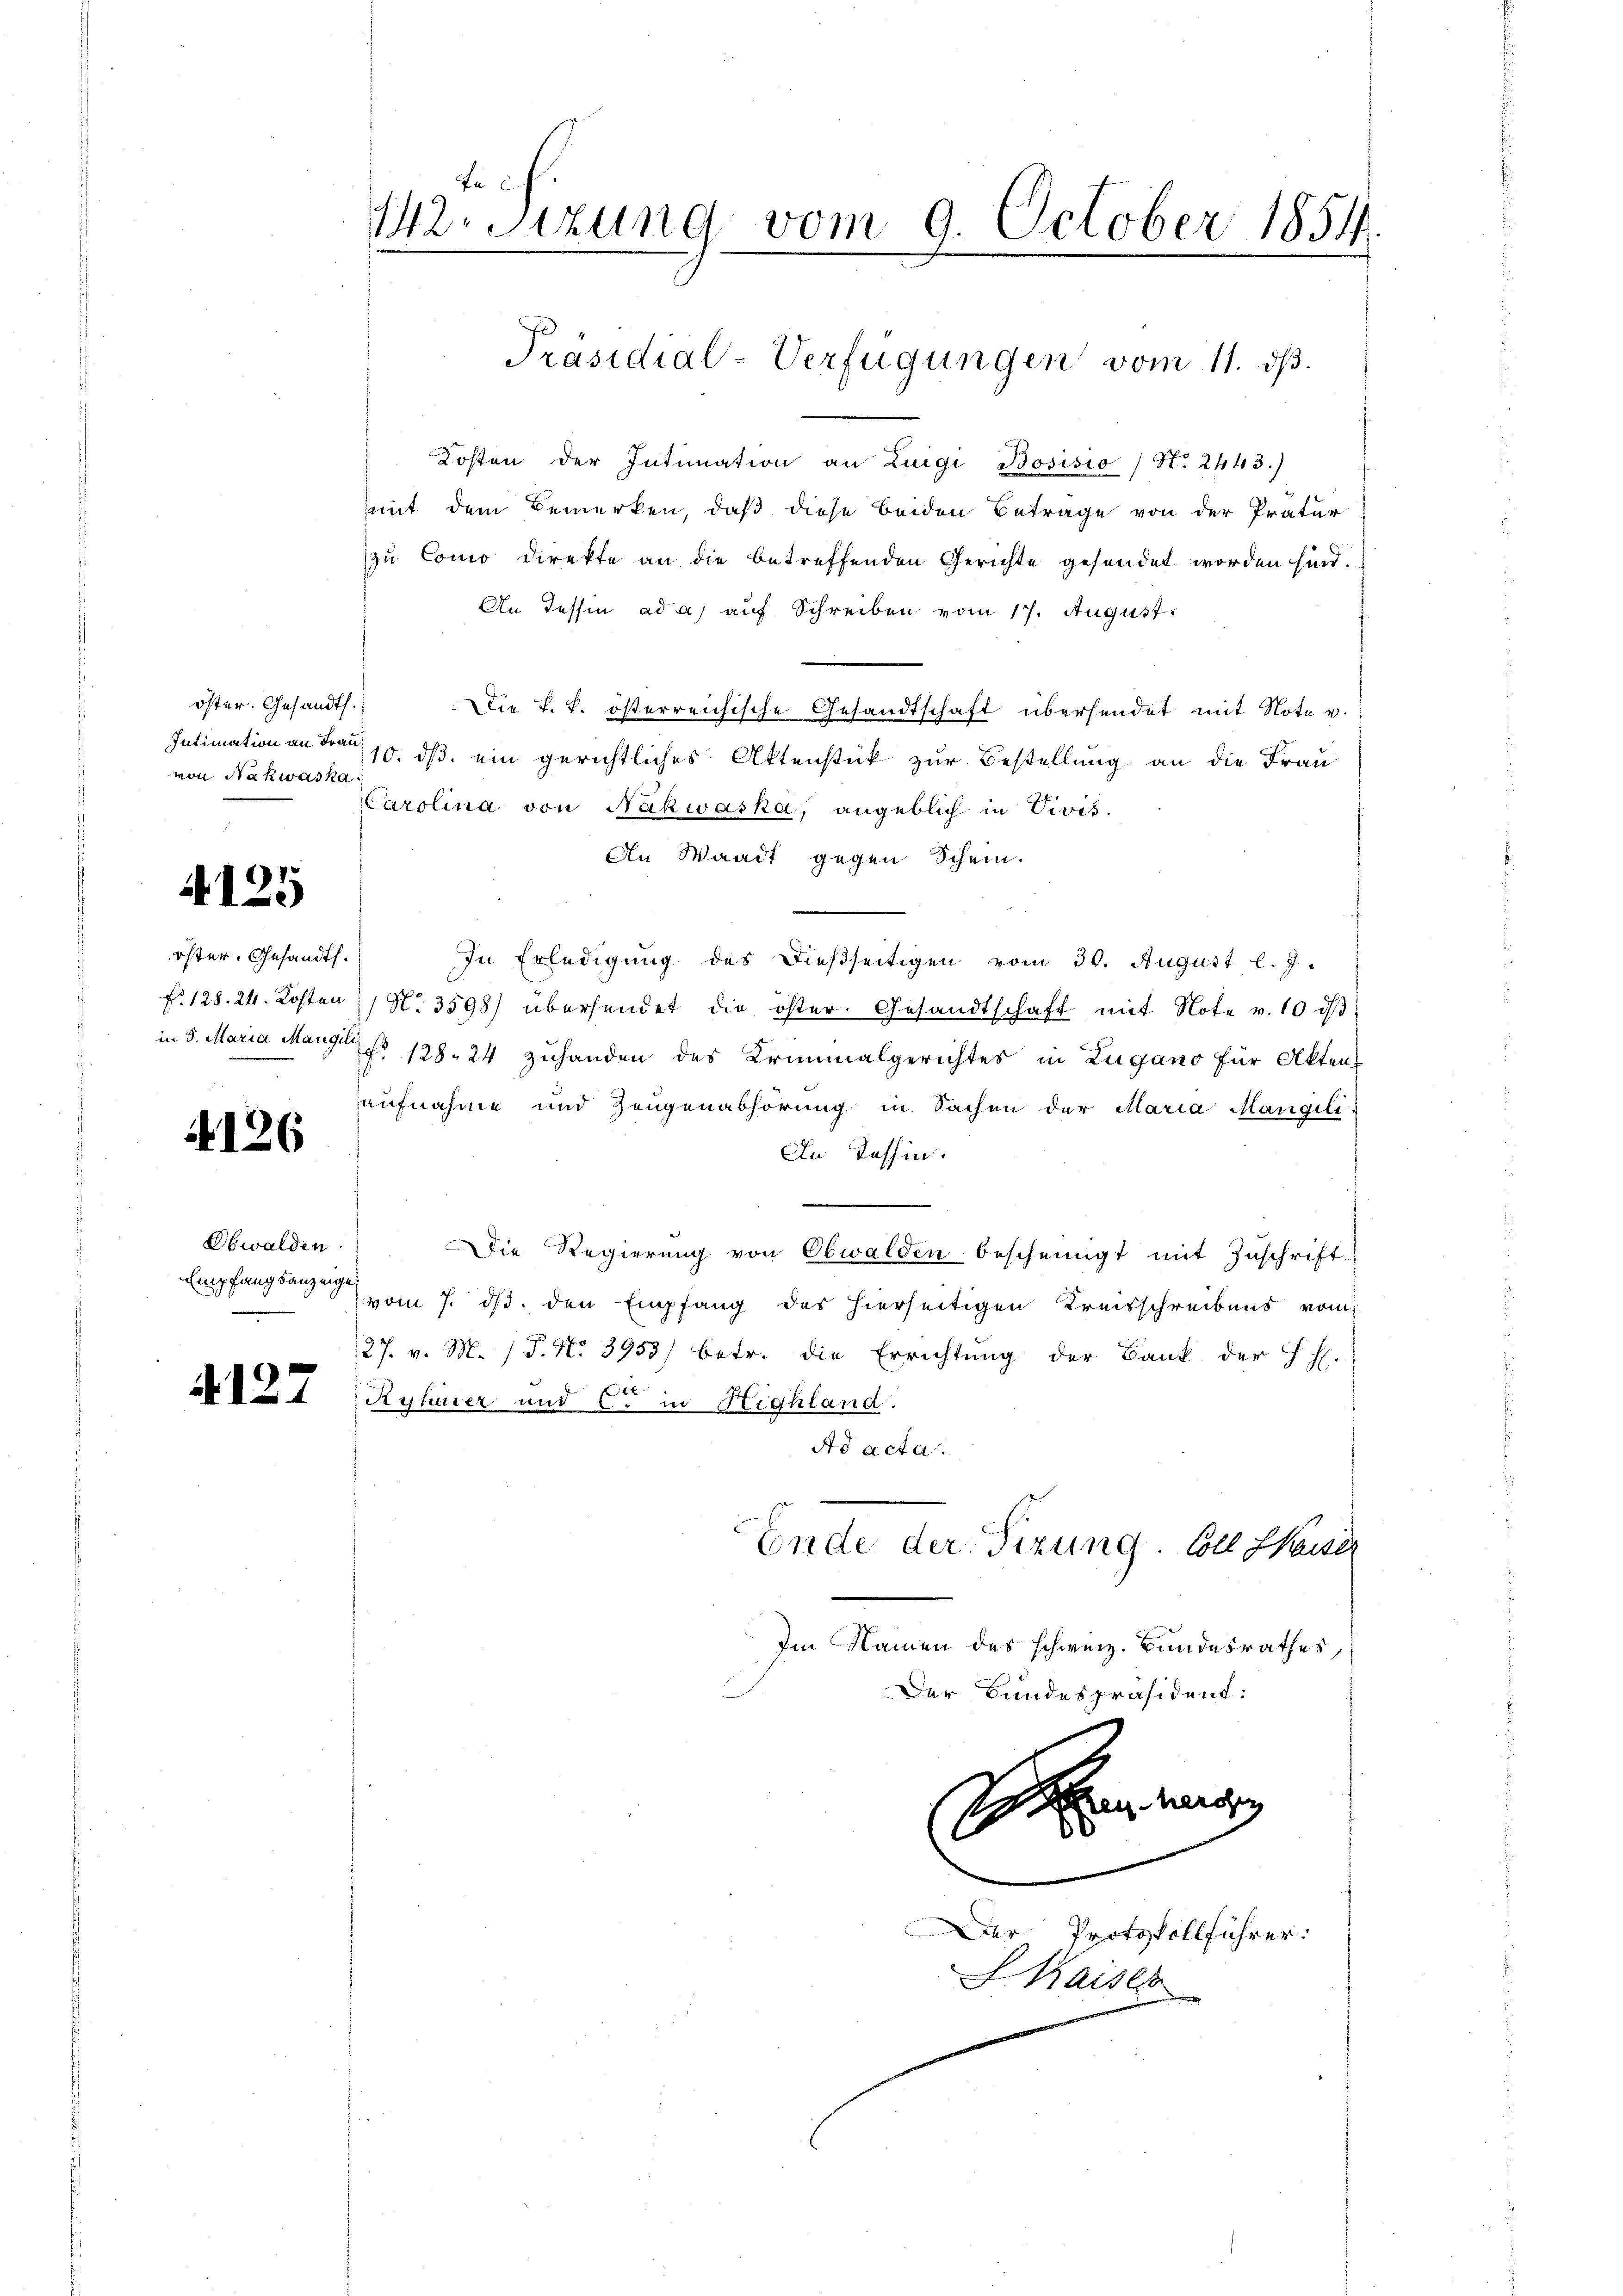
4125

4126

4127

öster. Gesandt.
Intimation an Frau
von Nakwaska

öster. Gesandt.

Obwalden:

En c
M.Sitzung vom 9. October 1854.

Kosten der Intimation an Luigi Bosisio (S. 2443.)
mit dem Bemerken, daß diese beiden Betrage von der Pratur
zu Como direkte an die betreffenden Gerichte gesendet worden sind.
An Tessin ad a) auf Schreiben vom 17. August.
Die k. k. österreichische Gesandtschaft übersendet mit Note v.
110. dβ ein gerichtliches Aktenstück zur Bestellung an die Frau
CCarolina von Nakwaska, angeblich in Divis.
An Waadt gegen Schein.
In Erledigung des dießseitigen vom 30. August l. J.
No 128. 24. Kosten No. 3598) übersendet die öster. Gesandtschaft mit Note v. 10 d
in 5. Maria Mange No 128. 24 zuhanden des Kriminalgerichtes in Zugano für Akten-
aufnahme und Zeugenabhörung in Sachen der Maria Mangili
An Tessin.
Die Regierung von Obwalden bescheinigt mit Zuschrift
Empfangsangen vom 7. ds. den Empfang des hierseitigen Kreisschreibens vom
27. v. M. / 5. No 3953) betr. die Errichtung der Bank der H. H.
Ryhärer und er in Highland.
Ao acta
Ende der Sizung. Coll Kaiser
Im Namen des schweiz. Bundesrathes,
Der Bundespräsident:
nn wir
s
.

Präsidial-Verfügungen vom 11. ds.

Der Protokollführer:
Kaiser

.